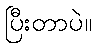
ပြီးတာပဲ။